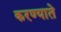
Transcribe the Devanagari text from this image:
करण्याते